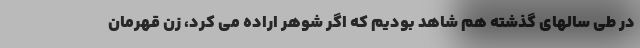
در طی سالهای گذشته هم شاهد بودیم که اگر شوهر اراده می کرد، زن قهرمان